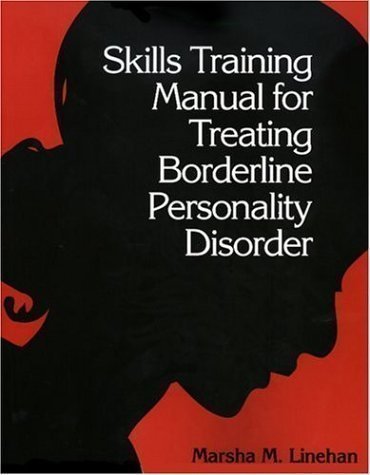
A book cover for Skills Training Manual for Treating Borderline Personality Disorder 1st (first) Edition by Linehan, Marsha M. published by The Guilford Press (1993) Paperback; Health, Fitness & Dieting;